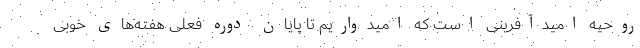
روحیه امیدآفرینی است که امیدواریم تا پایان دوره فعلی هفته‌های خوبی